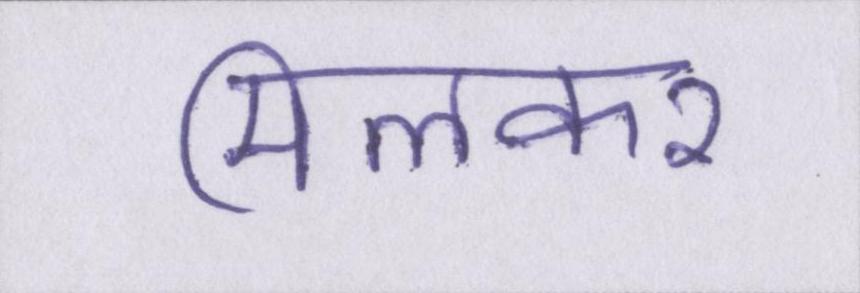
मिलकर